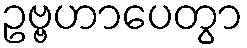
ဥဗ္ဗဟာပေတွာ